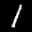
Label: 1